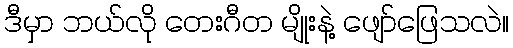
ဒီမှာ ဘယ်လို တေးဂီတ မျိုးနဲ့ ဖျော်ဖြေသလဲ။